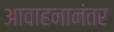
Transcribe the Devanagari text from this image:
आवाहनानंतर